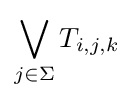
\bigvee _{j\in \Sigma }T_{i,j,k}